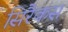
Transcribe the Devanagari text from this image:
सिरैकस